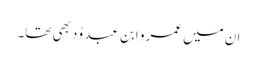
ان میں عمرو ابن عبد وُد بھی تھا۔